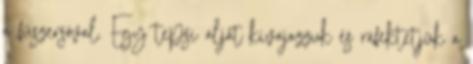
a fűszersóval. Egy tepsi alját kivajazzuk és ráfektetjük a